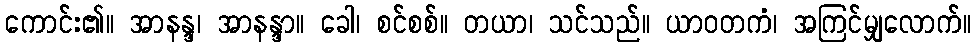
ကောင်း၏။ အာနန္ဒ၊ အာနန္ဒာ။ ခေါ၊ စင်စစ်။ တယာ၊ သင်သည်။ ယာဝတကံ၊ အကြင်မျှလောက်။